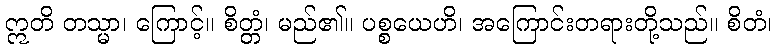
ဣတိ တသ္မာ၊ ကြောင့်။ စိတ္တံ၊ မည်၏။ ပစ္စယေဟိ၊ အကြောင်းတရားတို့သည်။ စိတံ၊